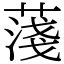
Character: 䔐